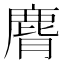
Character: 𪊒